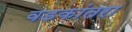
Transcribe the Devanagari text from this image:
वडकांतरा